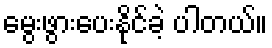
မွေးဖွားပေးနိုင်ခဲ့ ပါတယ်။